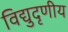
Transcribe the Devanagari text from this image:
विद्युदृणीय